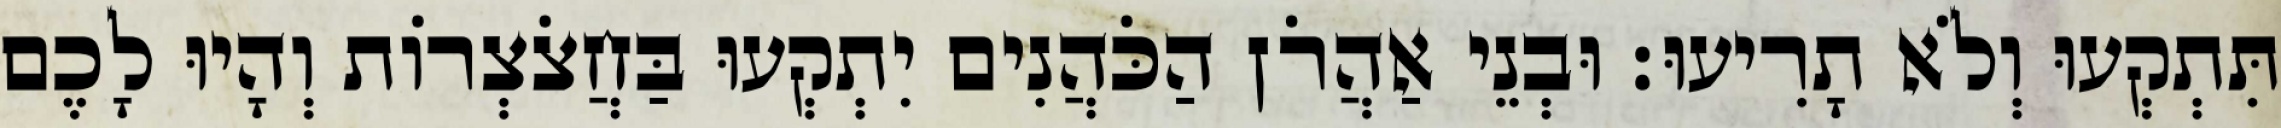
תִּתְקְעוּ וְלֹא תָרִיעוּ׃ וּבְנֵי אַהֲרֹן הַכֹּהֲנִים יִתְקְעוּ בַּחֲצֹצְרוֹת וְהָיוּ לָכֶם